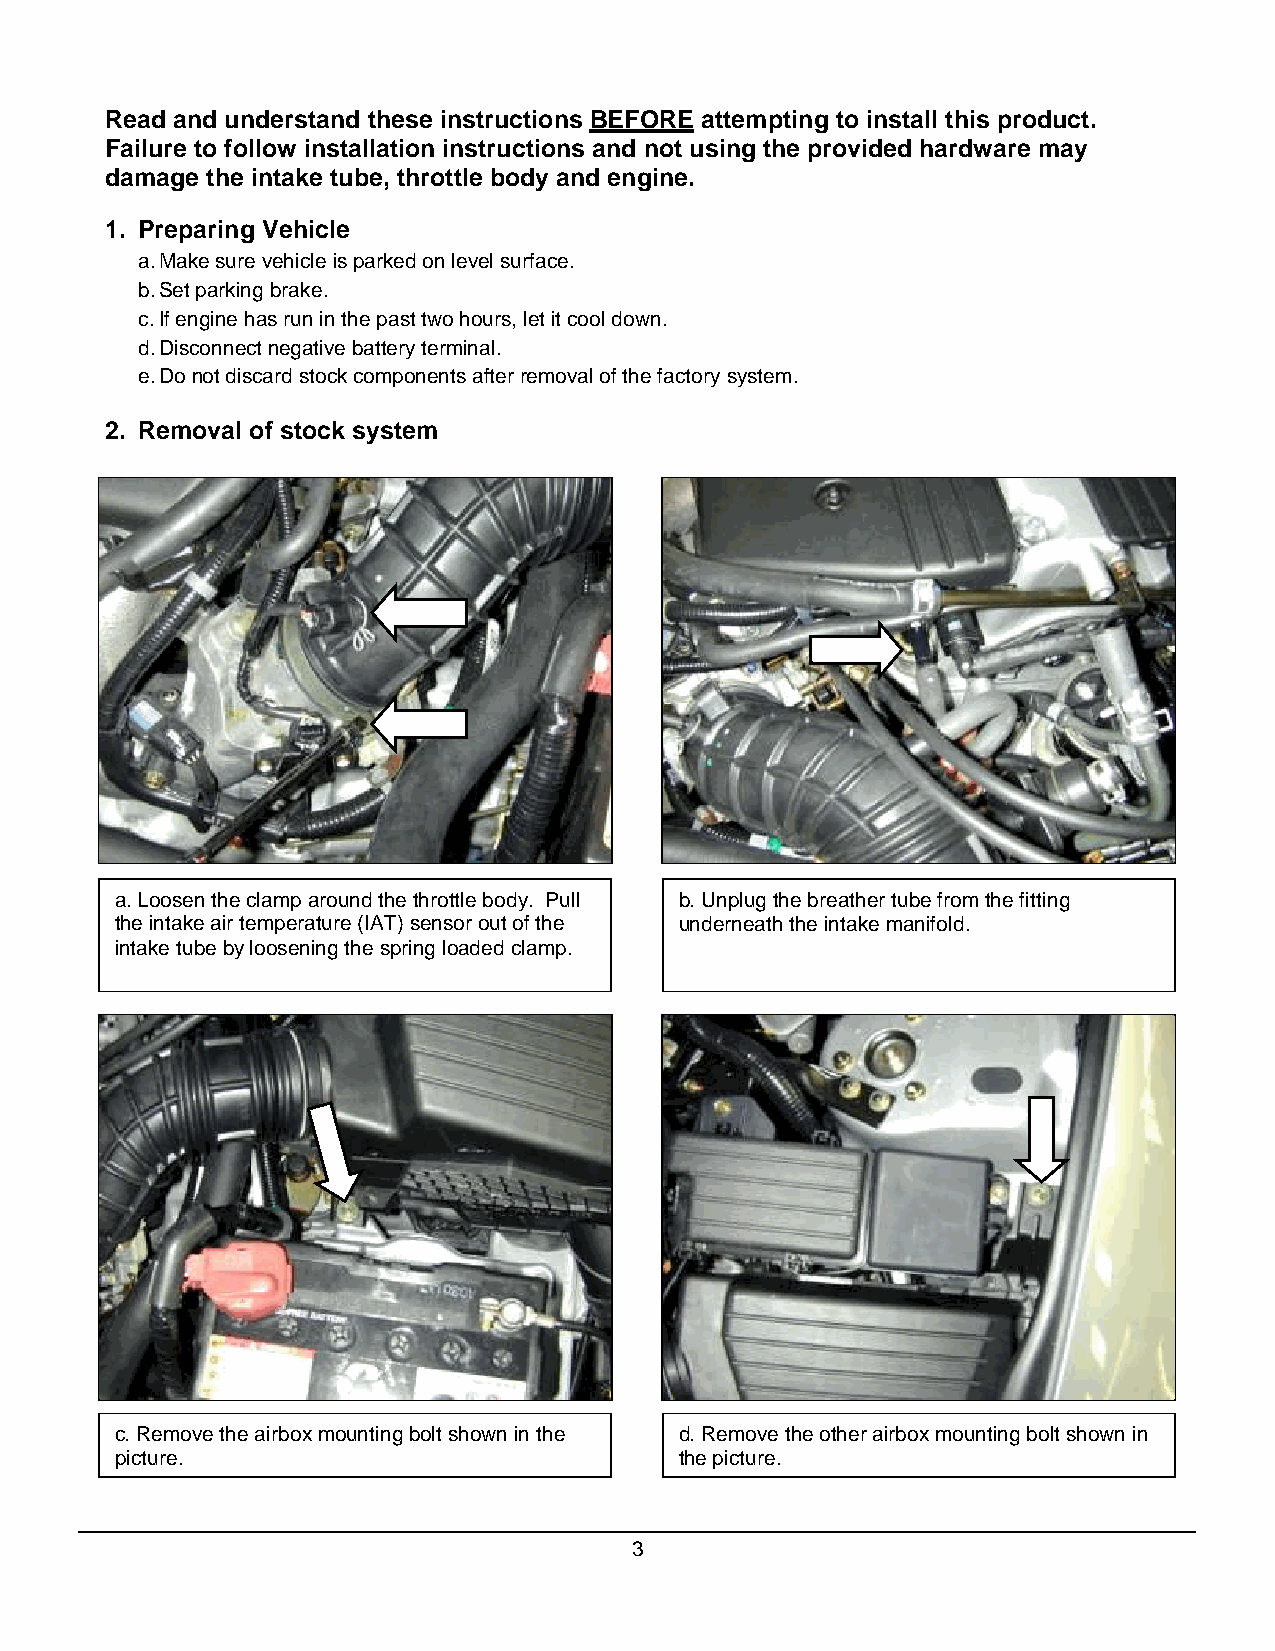
Read and understand these instructions BEFORE attempting to install this product.
 Failure to follow installation instructions and not using the provided hardware may
 damage the intake tube, throttle body and engine.
 1. Preparing Vehicle
 a. Make sure vehicle is parked on level surface.
 b. Set parking brake.
 c. If engine has run in the past two hours, let it cool down.
 d. Disconnect negative battery terminal.
 e. Do not discard stock components after removal of the factory system.
 2. Removal of stock system
 a. Loosen the clamp around the throttle body. Pull b. Unplug the breather tube from the fitting
 the intake air temperature (IAT) sensor out of the underneath the intake manifold.
 intake tube by loosening the spring loaded clamp.
 c. Remove the airbox mounting bolt shown in the d. Remove the other airbox mounting bolt shown in
 picture.                             the picture.
 3